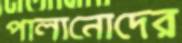
পালানোদের